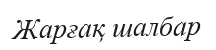
Жарғақ шалбар